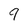
Character: 9